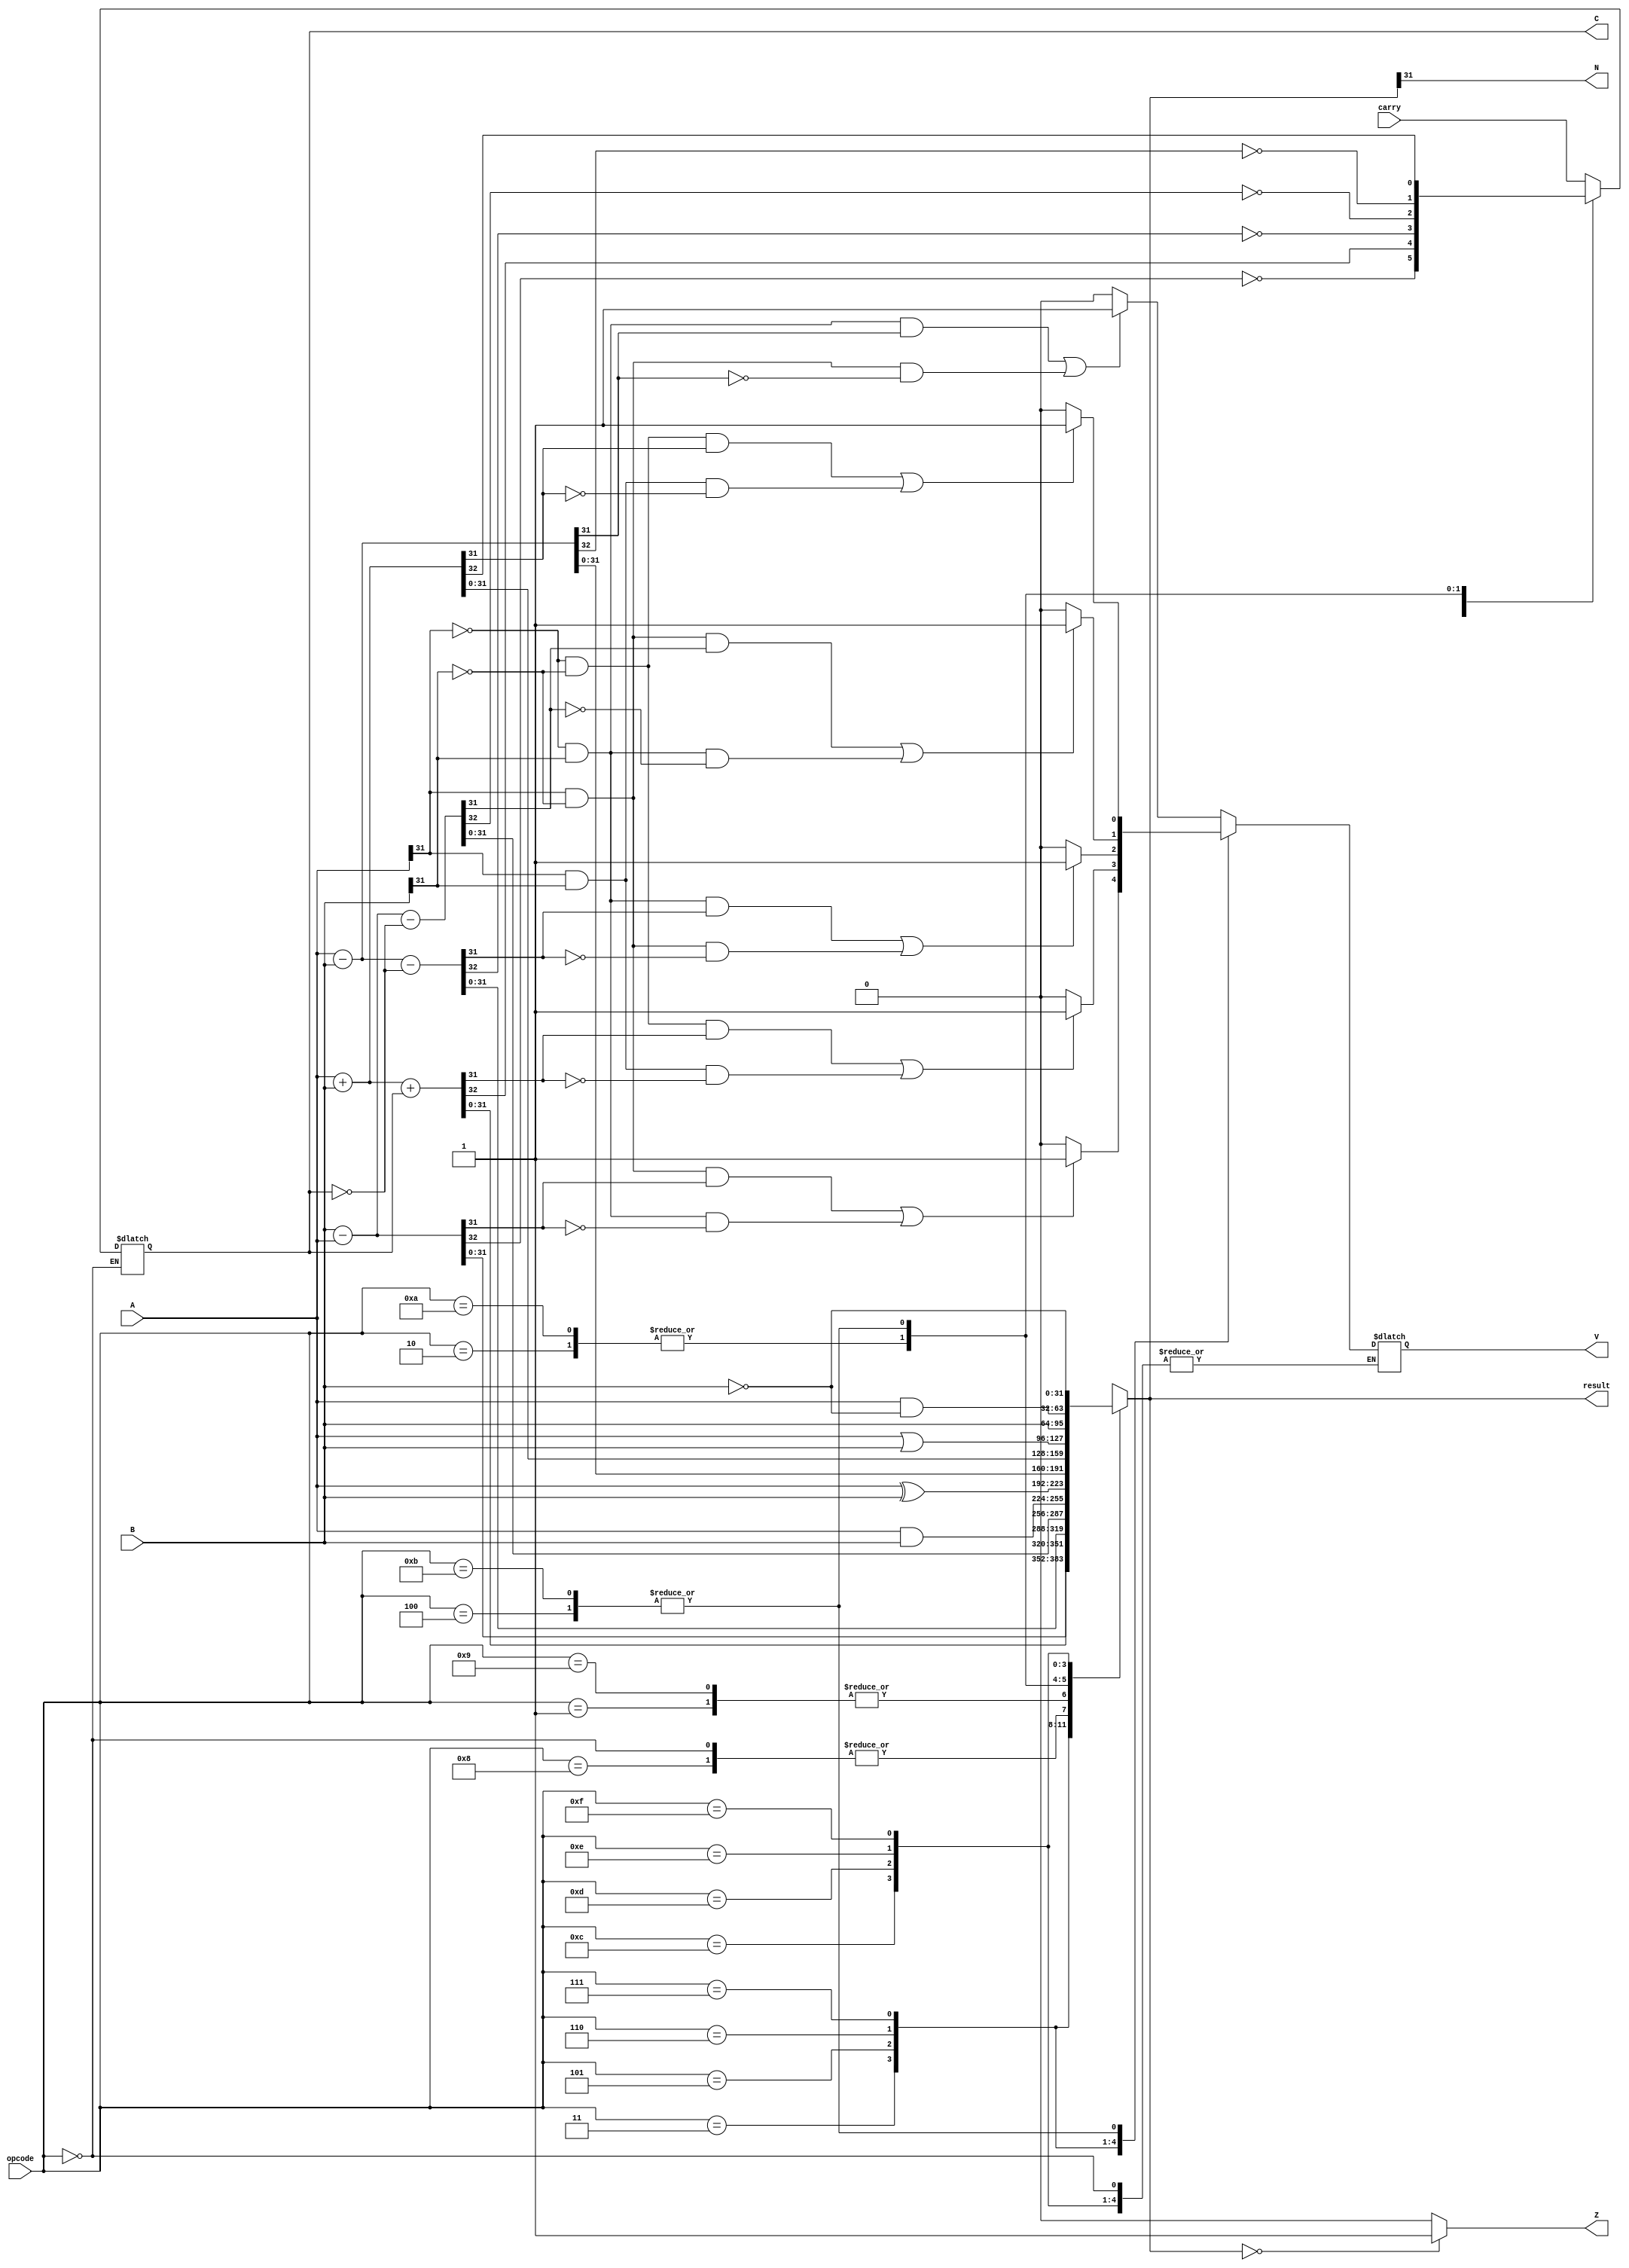
/*ALU*/
module arm_alu(output reg [31:0] result, output reg N, Z, C, V, input [3:0] opcode, input [31:0] A, B, input carry);
	
	always @ (A, B, carry, opcode)
		begin
			case(opcode)
				4'b0000: // AND - Logical AND
					begin
						result = A & B;
					end
				4'b0001: // EOR - Logical EOR
					begin
						result = A ^ B;
						C = carry;
					end
				4'b0010: // SUB - Substract
					begin
						{C,result} = A - B;
						C = ~C;
						update_SUB_V_Flag();
					end
				4'b0011: //RSB - Reverse Subtract
					begin
						{C,result} = B - A;
						C = ~C;
						update_RSB_V_Flag();
					end
				4'b0100: // ADD - Addition
					begin
						{C,result} = A + B;
						update_ADD_V_Flag();
					end
				4'b0101: // ADC - Addition with Carry
					begin
						{C,result} = A + B + C;
						update_ADD_V_Flag();
					end
				4'b0110: // SBC - Subtract with Carry
					begin
						C = ~C;
						{C,result} = A - B - C;
						C = ~C;
						update_SUB_V_Flag();
					end
				4'b0111: //RSC - Reverse Subtract with Carry
					begin
						C = ~C;
						{C,result} = B - A - C;
						C = ~C;
						update_RSB_V_Flag();
					end
				4'b1000: //TST - Test (Logical AND, with no results written)
					begin
						result = A & B;
						C = carry;
					end
				4'b1001: //TEQ - Test Equivalence (Logical EOR, with no results written)
					begin
						result = A ^ B;
						C = carry;
					end
				4'b1010: //CMP - Compare (SUB, with no results written)
					begin
						{C,result} = A - B;
						C = ~C;
						update_SUB_V_Flag();
					end
				4'b1011: //CMN - Compare Negated (NOT ADD, with no results written)
					begin
						{C,result} = A + B;
						update_ADD_V_Flag();
					end
				4'b1100: // ORR - Logical OR
					begin
						result = A | B;
						C = carry;
					end
				4'b1101: //MOV - Move
					begin
						result = B;
						C = carry;
					end
				4'b1110: //BIC - Bit Clear
					begin
						result = A & ~B;
						C = carry;
					end
				4'b1111: //MVN - Move Not
					begin
						result = ~B;
						C = carry;
					end
			endcase

			N = result[31]; // Set Negative (N) Flag to the result's most significant bit
			if(result == 0) Z = 1; // Set Zero (Z) Flag
			else Z = 0;
		end

		task update_ADD_V_Flag; // Check for Overflow when adding
		begin
			if((A[31] == 0 && B[31] == 0 && result[31] == 1) || (A[31] == 1 && B[31] == 1 && result[31] == 0))
				V=1;
			else 
				V=0;
		end
		endtask
		
		task update_SUB_V_Flag; // Check for overflow when substracting
		begin
			if((A[31] == 0 && B[31] == 1 && result[31] == 1) || (A[31] == 1 && B[31] == 0 && result[31] == 0))
				V=1;
			else 
				V=0;
		end
		endtask
		
		task update_RSB_V_Flag; // Check for overflow when reverse substracting
		begin
			if((B[31] == 0 && A[31] == 1 && result[31] == 1) || (B[31] == 1 && A[31] == 0 && result[31] == 0))
				V=1;
			else 
				V=0;
		end
		endtask
		
endmodule